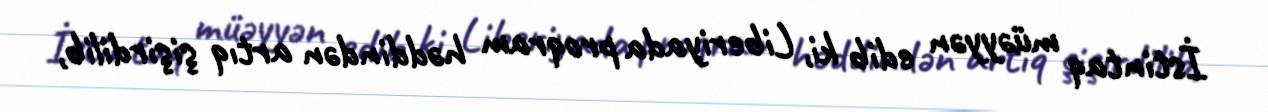
İstintaq müəyyən edib ki, Liberiyada proqram həddindən artıq şişirdilib,